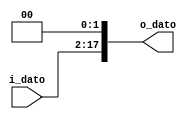
`timescale 1ns / 1ps

module Shift2 #(
    parameter BUS_WIDTH = 16
    )(
    input wire [BUS_WIDTH-1:0] i_dato,
    output wire [BUS_WIDTH+1:0] o_dato
    );
    
    assign o_dato = i_dato << 2;
    
endmodule